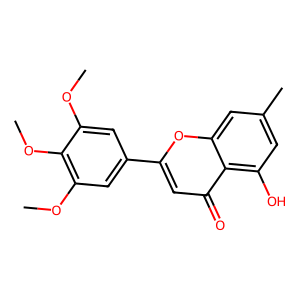
SMILES: COc1cc(-c2cc(=O)c3c(O)cc(C)cc3o2)cc(OC)c1OC
Inhibits HIV replication: No